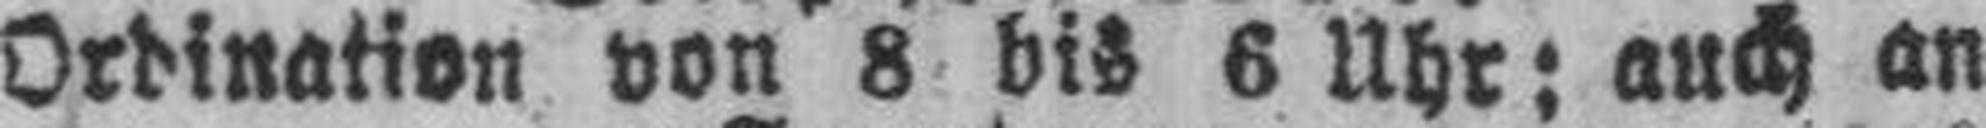
Ordination von 8 bis 6 Uhr; auch an